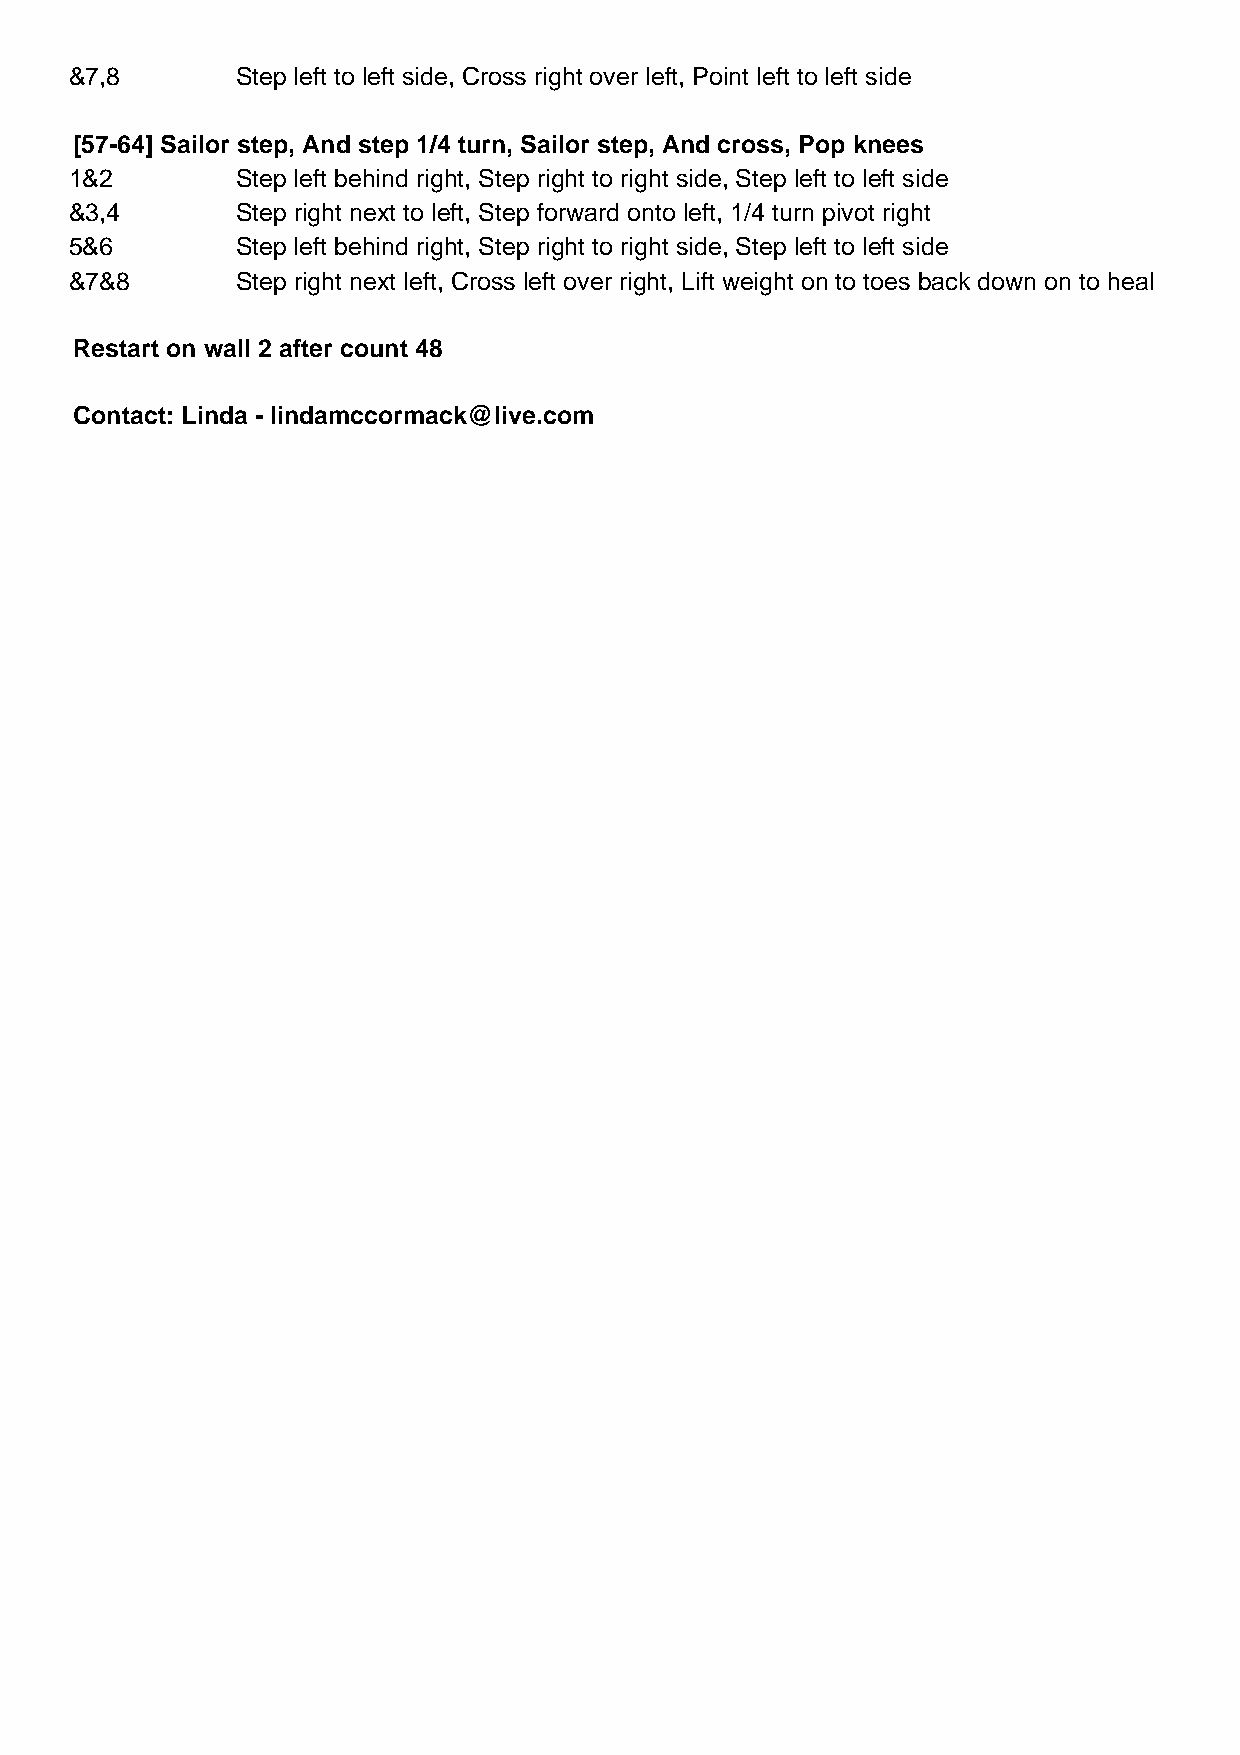
&7,8       Step left to left side, Cross right over left, Point left to left side
 [57-64] Sailor step, And step 1/4 turn, Sailor step, And cross, Pop knees
 1&2        Step left behind right, Step right to right side, Step left to left side
 &3,4       Step right next to left, Step forward onto left, 1/4 turn pivot right
 5&6        Step left behind right, Step right to right side, Step left to left side
 &7&8       Step right next left, Cross left over right, Lift weight on to toes back down on to heal
 Restart on wall 2 after count 48
 Contact: Linda - lindamccormack@live.com